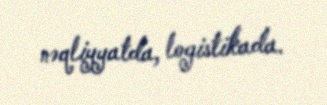
nəqliyyatda, logistikada.